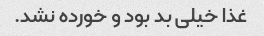
غذا خیلی بد بود و خورده نشد.